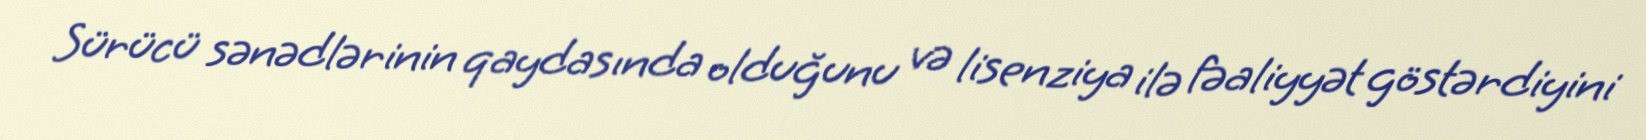
Sürücü sənədlərinin qaydasında olduğunu və lisenziya ilə fəaliyyət göstərdiyini